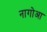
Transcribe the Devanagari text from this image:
नागोआ